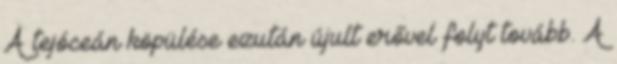
A tejóceán köpülése ezután újult erővel folyt tovább. A